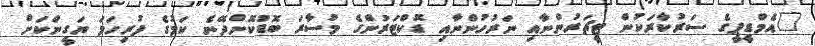
"އެމްޑީޕީގެ ސަރުކާރަކުން ޓީޗަރުންނާއި ނަރުހުންނާއި ޑޮކްޓަރުންގެ މުސާރަ ބޮޑުކޮށްދޭނެ ކަމުގެ ފުރިހަމަ ޔަގީންކަށް